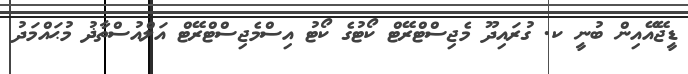
ޑީޖޭއޭއިން ބުނީ ކ. ގުރައިދޫ މެޖިސްޓްރޭޓް ކޯޓުގެ ކޯޓު އިސްމެޖިސްޓްރޭޓް އަލްއުސްތާޛު މުޙައްމަދު